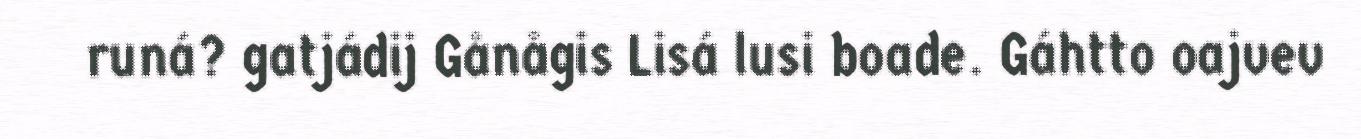
runá? gatjádij Gånågis Lisá lusi boade. Gáhtto oajvev